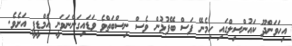
އިހަަވަންދޫ ކައުންސިލްގައި ހިމެނޭ ފަސް ބޭފުޅުން ވެސް ނިސްބަތްވެ ވަޑައިގަންނަވަނީ އެމްޑީޕީ އަށެވެ.